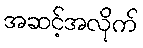
အဆင့်အလိုက်